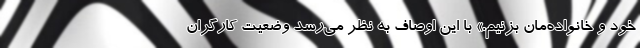
خود و خانواده‌مان بزنیم.» با این اوصاف به نظر می‌رسد وضعیت کارگران